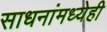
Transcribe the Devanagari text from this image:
साधनांमध्येही